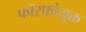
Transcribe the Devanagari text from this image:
फॉस्फोयुक्त